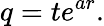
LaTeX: q=te^{ar}.